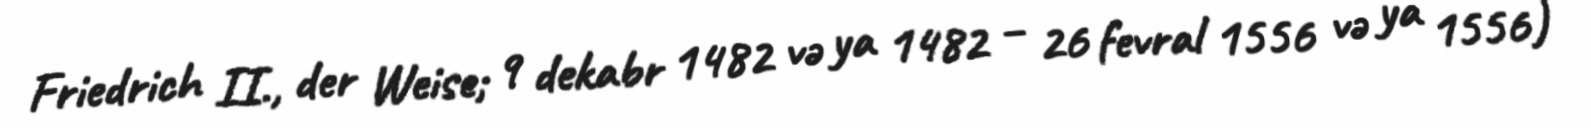
Friedrich II., der Weise; 9 dekabr 1482 və ya 1482 – 26 fevral 1556 və ya 1556)